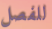
للفصل